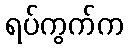
ရပ်ကွက်က